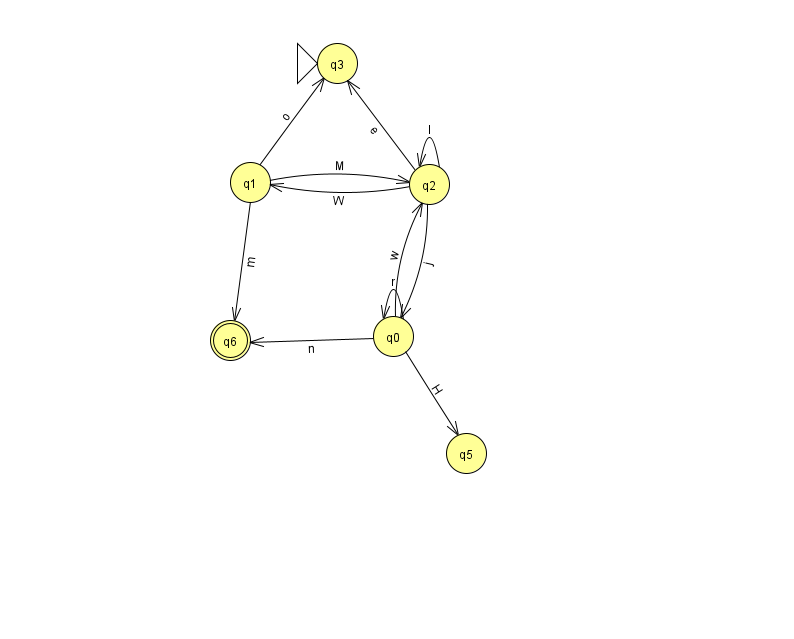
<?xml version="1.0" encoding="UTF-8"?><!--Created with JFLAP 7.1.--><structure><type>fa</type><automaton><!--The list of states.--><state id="0" name="q0"><x>393.0</x><y>323.0</y></state><state id="1" name="q1"><x>250.0</x><y>169.0</y></state><state id="2" name="q2"><x>429.0</x><y>171.0</y></state><state id="3" name="q3"><x>337.0</x><y>50.0</y><initial/></state><state id="5" name="q5"><x>466.0</x><y>440.0</y></state><state id="6" name="q6"><x>230.0</x><y>327.0</y><final/></state><!--The list of transitions.--><transition><from>2</from><to>0</to><read>j</read></transition><transition><from>1</from><to>6</to><read>m</read></transition><transition><from>0</from><to>0</to><read>r</read></transition><transition><from>1</from><to>2</to><read>M</read></transition><transition><from>2</from><to>3</to><read>e</read></transition><transition><from>0</from><to>6</to><read>n</read></transition><transition><from>1</from><to>3</to><read>o</read></transition><transition><from>2</from><to>1</to><read>W</read></transition><transition><from>2</from><to>2</to><read>I</read></transition><transition><from>0</from><to>2</to><read>w</read></transition><transition><from>0</from><to>5</to><read>H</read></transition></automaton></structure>